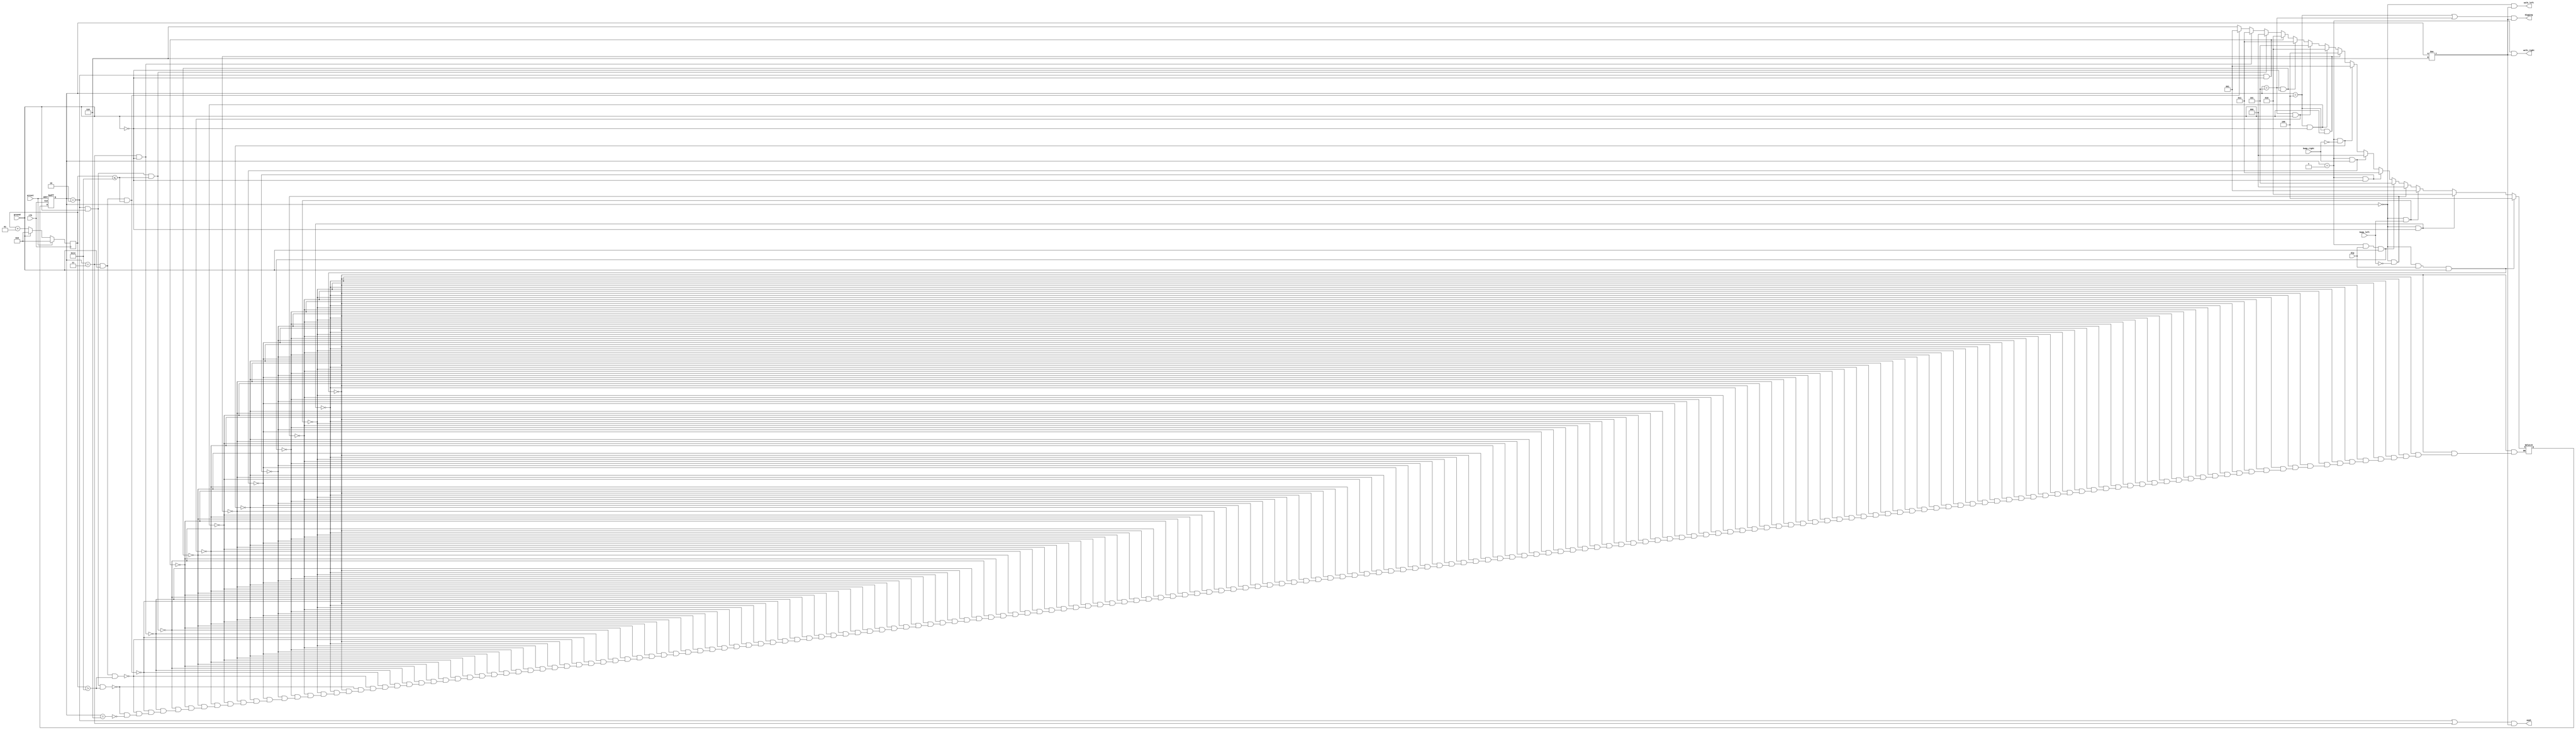
/*Although Lemmings can walk, fall, and dig, Lemmings aren't invulnerable. If a Lemming falls for too long then hits the ground, it can splatter. In particular, if a Lemming falls for more than 20 clock cycles then hits the ground, it will splatter and cease walking, falling, or digging (all 4 outputs become 0), forever (Or until the FSM gets reset). There is no upper limit on how far a Lemming can fall before hitting the ground. Lemmings only splatter when hitting the ground; they do not splatter in mid-air.

Extend your finite state machine to model this behaviour.

Falling for 20 cycles is survivable:*/
module top_module(
    input clk,
    input areset,    // Freshly brainwashed Lemmings walk left.
    input bump_left,
    input bump_right,
    input ground,
    input dig,
    output walk_left,
    output walk_right,
    output aaah,
    output digging ); 
    reg [2:0]state,next_state;
    parameter wleft=3'b000;    parameter wright=3'b001;    parameter fleft=3'b010;    parameter fright=3'b011;
    parameter dleft=3'b100;    parameter dright=3'b101;
    parameter dead=3'b110;
    integer falltime=0;
    
    always@(*)
        begin
            if(state==wleft && dig==1 && ground==1)
                next_state=dleft;
            else if(state==wleft && ground==0)
                begin
                next_state=fleft;
                 
                end
            else if(state==wleft && bump_left==1)
                next_state=wright;
            else if(state==wleft && bump_left==0)
                next_state=wleft;
            else if(state==wright && dig==1 && ground==1)
                next_state=dright;
            else if(state==wright && ground==0)
                begin
                next_state=fright;
             
                end
            else if(state==wright && bump_right==1)
                next_state=wleft;
            else if(state==wright && bump_right==0)
                next_state=wright;
            else if(state==dleft && ground==1)
                next_state=dleft;
            else if(state==dleft && ground==0)
                begin
                next_state=fleft;
                
                end
            else if(state==dright && ground==1)
                next_state=dright;
            else if(state==dright && ground==0)
                begin
                next_state=fright;
              
                end
            else if(state==fleft && ground==0)
                begin
                next_state=fleft;
              
                end
            else if(state==fleft && ground==1 && falltime<=20)
                begin
                next_state=wleft;
               
                end
            else if(state==fright && ground==0)
                begin
                next_state=fright;
             
                end
            else if(state==fright && ground==1 && falltime<=20)
                begin
                next_state=wright;
               
                end
            else if(state==fright && ground==1 && falltime>20)
                begin
                next_state=dead;
               
                end
            else if(state==fleft && ground==1 && falltime>20)
                begin
                next_state=dead;
               
                end
            else if(state==dead)
                begin
                next_state=dead;
                  
                end
        end
    always@(posedge clk,posedge areset)
        begin                  
            if(areset)
                begin
                state=wleft;   
                end
            else
                 state<=next_state;
        end
    always@(posedge clk)
        begin
            if(areset)
                falltime<=0;
            else if(!ground)
                falltime<=falltime+1;
            else
                falltime<=0;
        end
                
    assign walk_left=(state==wleft)&&(state!=dead);
    assign walk_right=(state==wright)&&(state!=dead);
    assign aaah=(state==fleft || state==fright)&&(state!=dead);
    assign digging=(state==dleft || state==dright)&&(state!=dead);
    
endmodule